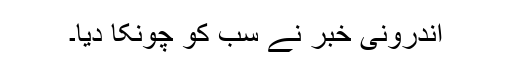
اندرونی خبر نے سب کو چونکا دیا۔